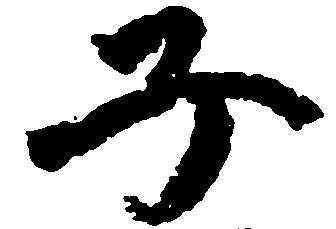
子